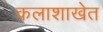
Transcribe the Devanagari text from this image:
कलाशाखेत